Document type: Oath
Year: 1405
Scribe: Guillem de Lledó
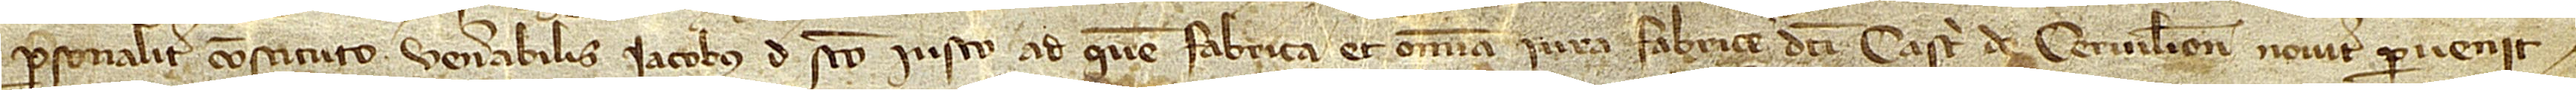
personaliter constituto, venerabilis Iacobus de Sancti Iusto ad quem fabrica et omnia iura fabrice dicti castri de Cervilione noviter pervenit